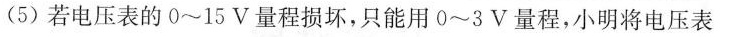
(5)若电压表的0~15V量程损坏，只能用0~3V量程，小明将电压表